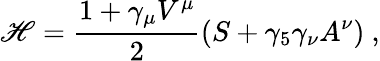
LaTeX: {\cal{\mathscr{H}}}=\frac{{1+\gamma_{\mu}V^{\mu}}}{{2}}\left(S+\gamma_{5}\gamma_{\nu}A^{\nu}\right)\ ,